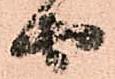
由